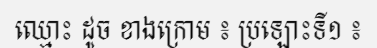
ឈ្មោះ ដូច ខាងក្រោម ៖ ប្រឡោះទី១ ៖